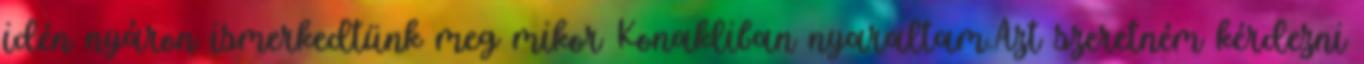
idén nyáron ismerkedtünk meg mikor Konakliban nyaraltam.Azt szeretném kérdezni